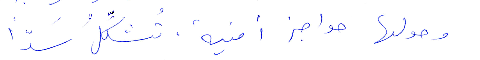
وحولها حواجز أمنية تشكّل سدًّا